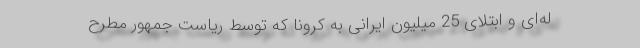
له‌‌ای و ابتلای 25 میلیون ایرانی به کرونا که توسط ریاست جمهور مطرح